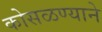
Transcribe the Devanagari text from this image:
कोसळण्याने